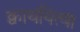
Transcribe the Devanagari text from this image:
क्वाथयित्वा